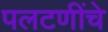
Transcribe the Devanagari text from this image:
पलटणींचे